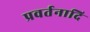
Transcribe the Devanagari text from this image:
प्रवर्तनादि